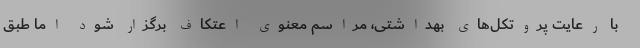
با رعایت پروتکل‌های بهداشتی، مراسم معنوی اعتکاف برگزار شود اما طبق